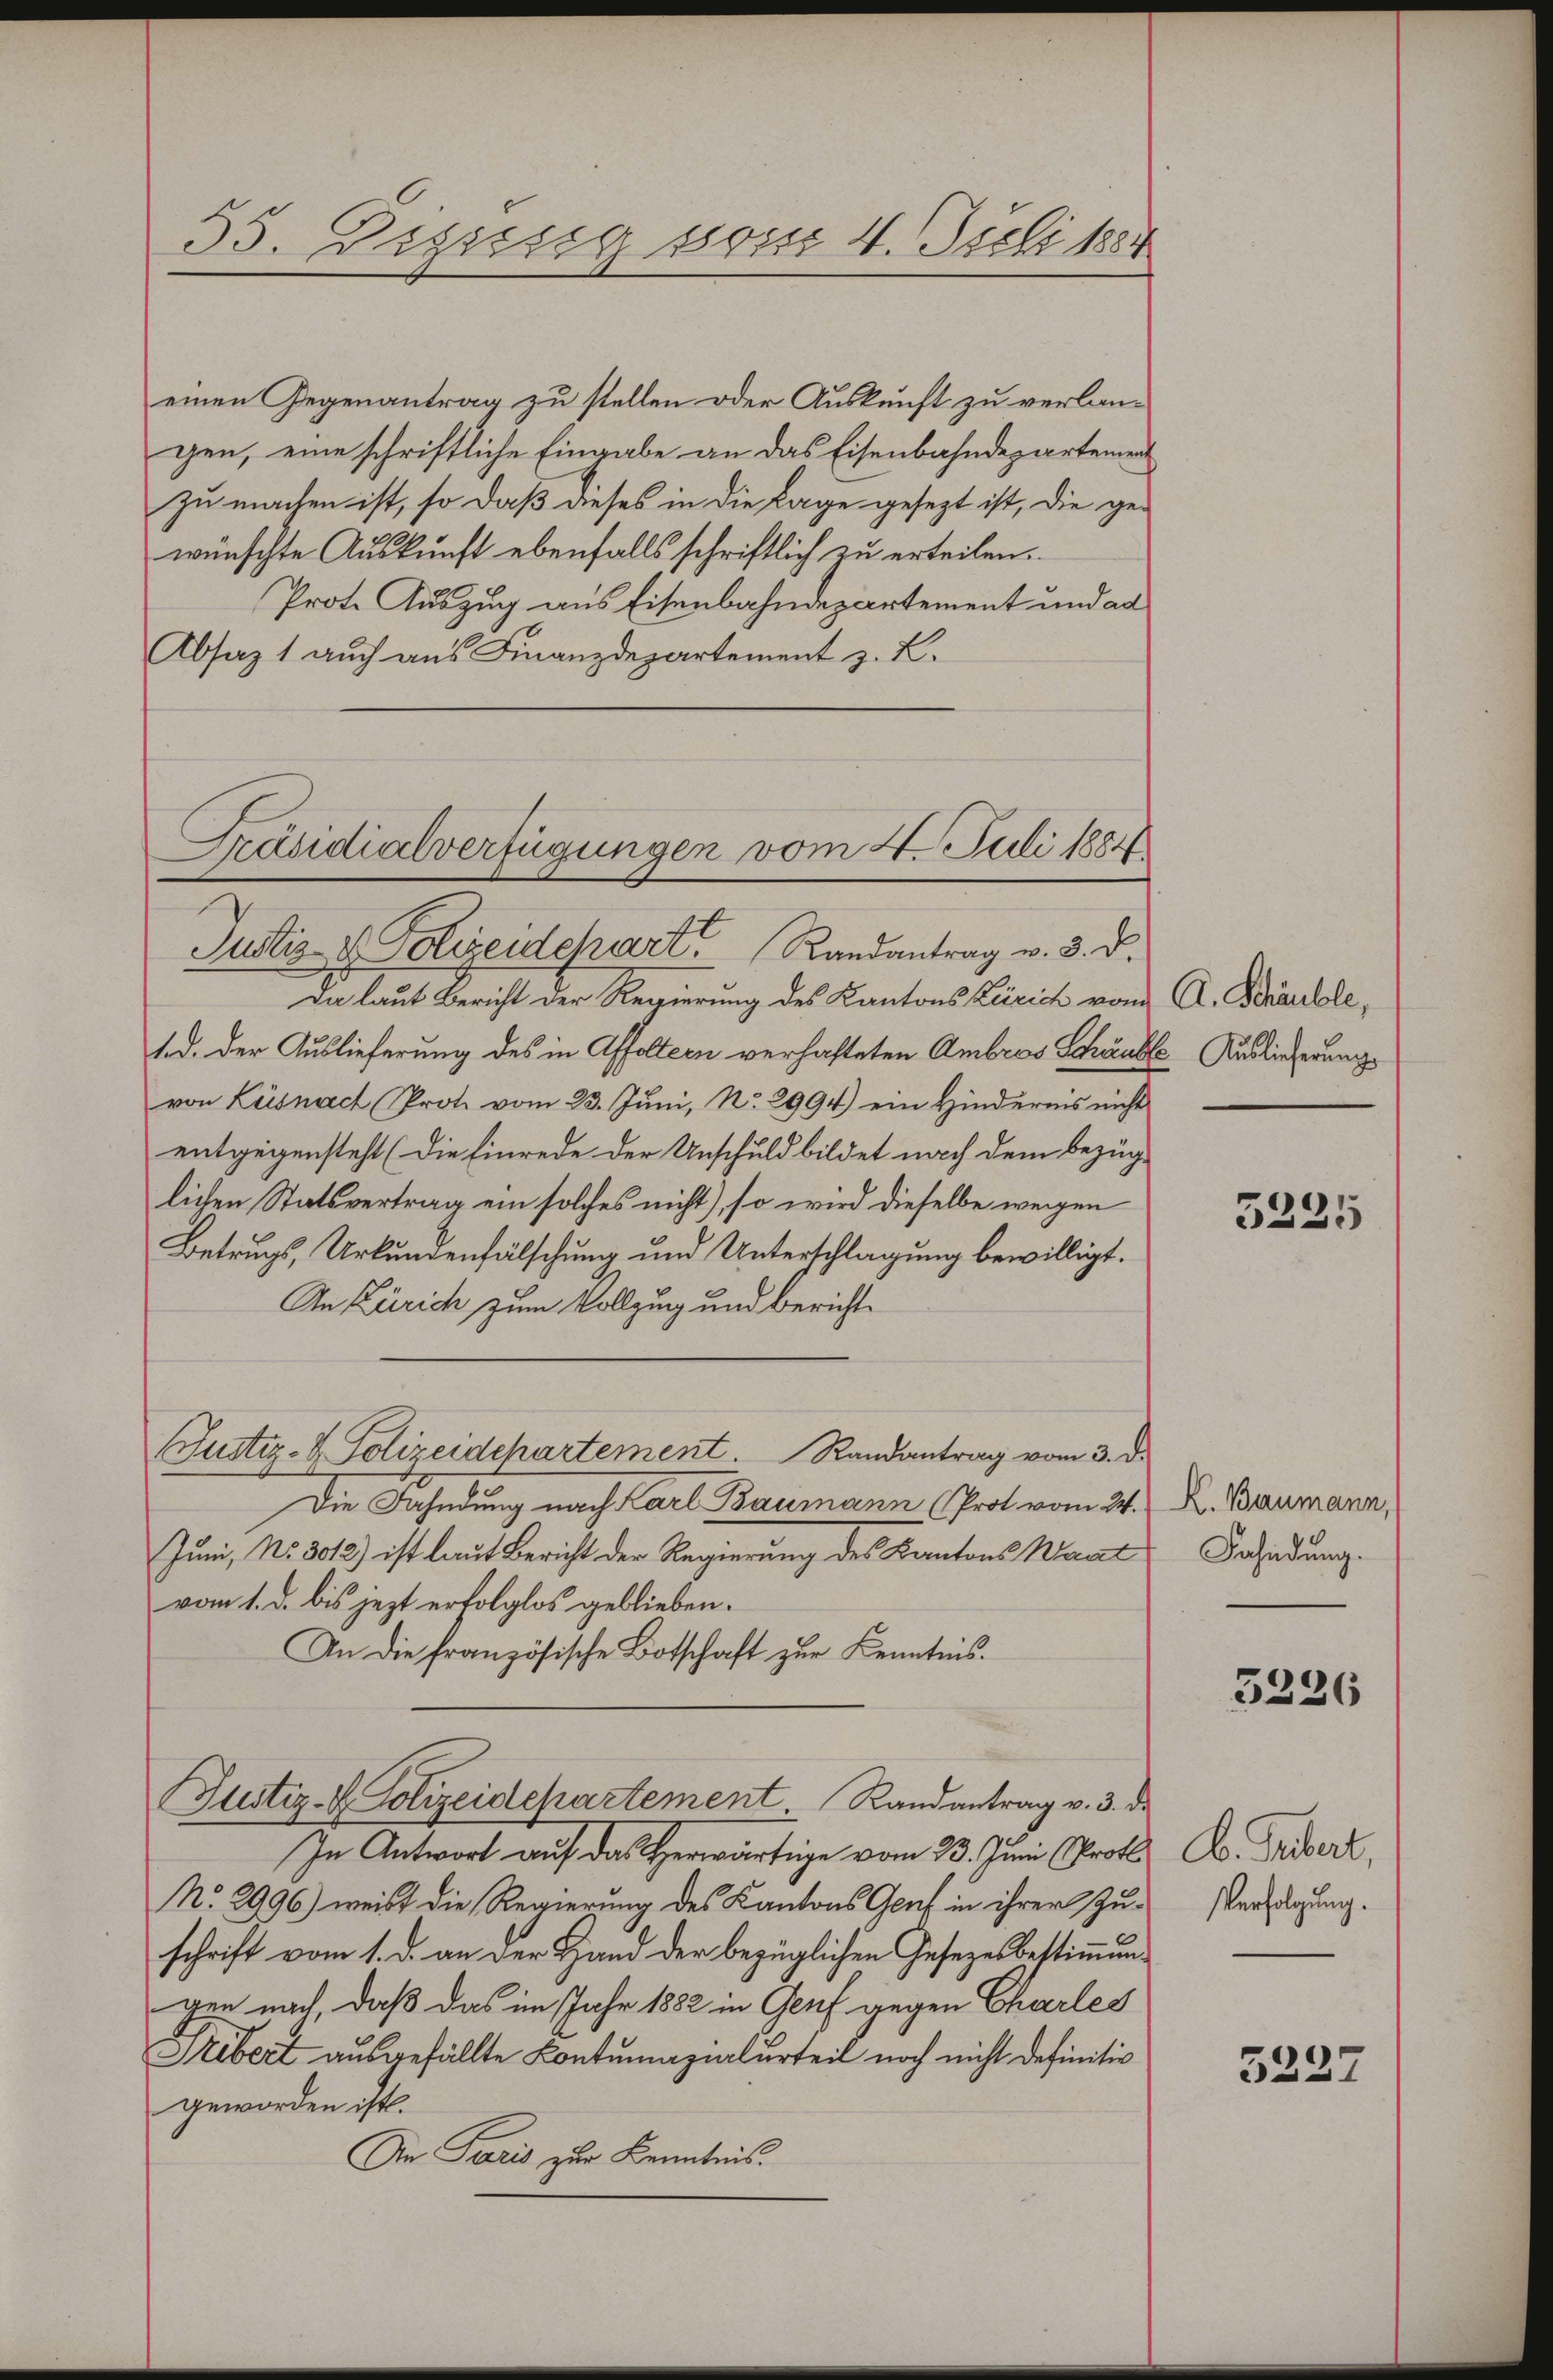
einen Gegenantrag zu stellen oder Auskunft zu verlangen, eine schriftliche Eingabe an das Eisenbahndepartement
zu machen ist, so daß dieses in die Lage gesezt ist, die ge-
wünschte Auskunft ebenfalls schriftlich zu erteilen.
Prote Auszug aus Eisenbahnapartement und ad
Absaz 1 auch aus Finanzdepartement z. B.
Präsidialverfügungen vom 4. Juli 1884

55. Dezisig vom 4. Juli 1884

Justiz- & Polizeidepart Randantrag v. 3. d.

Da laut Bericht der Regierung des Kantons Zürich vom
ted. Der Auslieferung des in Affoltern verhafteten Ambros Schänke
von Küsnach Prote vom 23. Juni, No. 2994) ein Hindernis nicht
entgegensteht (die Einrede der Unschuld bildet nach dem Bezug
lichen Statsvertrag ein solches nicht), so wird dieselbe wegen
Betrugs, Urkundenfälschung und Unterschlagung bewilligt.
An Zürich zum Vollzug und Bericht¬
Justiz- & Polizeidchartement. Randantrag vom 3. d.
Die Fahndung nach Karl Baumann (Prot vom 24.
Juni, No 3012) ist laut Bericht der Regierung des Kantons Waat
vom 1. d. bis jezt erfolglos geblieben.
An die französische Botschaft zur Kenntnis.
Justiz- & Polizeidepartement. Randantrag v. 3. de
In Antwort auf das Herwärtige vom 23. Juni Prot
No. 2996) weist die Regierung des Kantons Genf in ihrer Zuschrift vom 1. d. an der Hand der bezüglichen Gesetzesbestimmungen nach daß das im Jahr 1882 in Genf gegen Charles
Trebert ausgefällte Contumazialurteil noch nicht definitiv
geworden ist.
Ain Paris zur Kenntnis.

A. Schäuble,
E. Auslieferung

3225

K. Baumann,
Fahndung.

3226

A. Febert,
Verfolgung.

5227